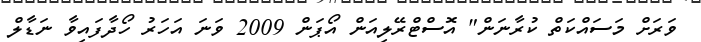
ވަރަށް މަސައްކަތް ކުރާނަން" އޮސްޓްރޭލިއަން އޯޕަން 2009 ވަނަ އަހަރު ހޯދާފައިވާ ނަޑާލް